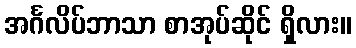
အင်္ဂလိပ်ဘာသာ စာအုပ်ဆိုင် ရှိလား။